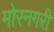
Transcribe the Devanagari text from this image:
मोरनगरी